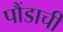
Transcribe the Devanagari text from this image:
पौंडाची